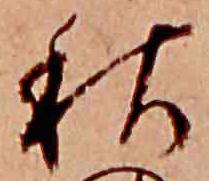
秋